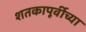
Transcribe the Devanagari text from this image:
शतकापूर्वीच्या